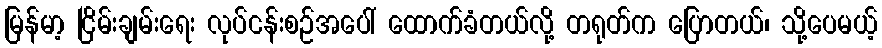
မြန်မာ့ ငြိမ်းချမ်းရေး လုပ်ငန်းစဉ်အပေါ် ထောက်ခံတယ်လို့ တရုတ်က ပြောတယ်၊ သို့ပေမယ့်